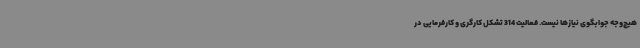
هیچ‌وجه جوابگوی نیازها نیست. فعالیت 314 تشکل کارگری و کارفرمایی در